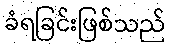
ခံရခြင်းဖြစ်သည်